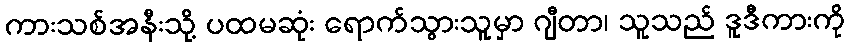
ကားသစ်အနီးသို့ ပထမဆုံး ရောက်သွားသူမှာ ဂျီတာ၊ သူသည် ဒူဒီကားကို